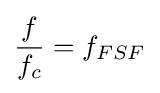
{\frac {f}{f_{c}}}=f_{FSF}